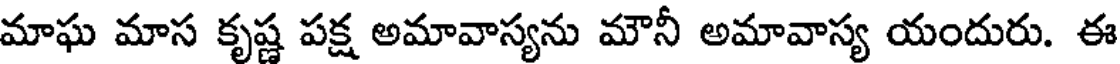
మాఘ మాస కృష్ణ పక్ష అమావాస్యను మౌనీ అమావాస్య యందురు. ఈ